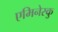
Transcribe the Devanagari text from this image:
एमिनेस्कु